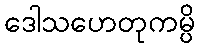
ဒေါသဟေတုကမ္ပိ